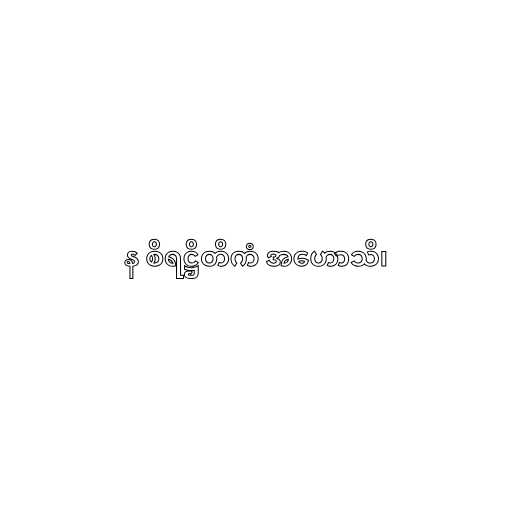
န စိရဋ္ဌိတိကံ အဟောသိ၊